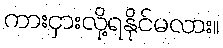
ကားငှားလို့ရနိုင်မလား။